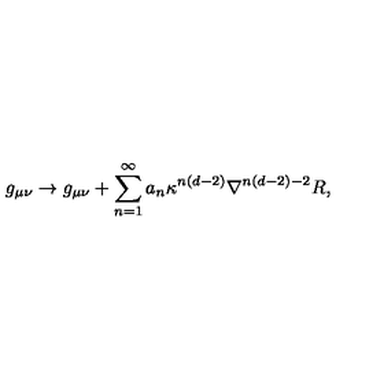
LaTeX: g _ { \mu \nu } \rightarrow g _ { \mu \nu } + \sum _ { n = 1 } ^ { \infty } a _ { n } \kappa ^ { n ( d - 2 ) } \nabla ^ { n ( d - 2 ) - 2 } R ,